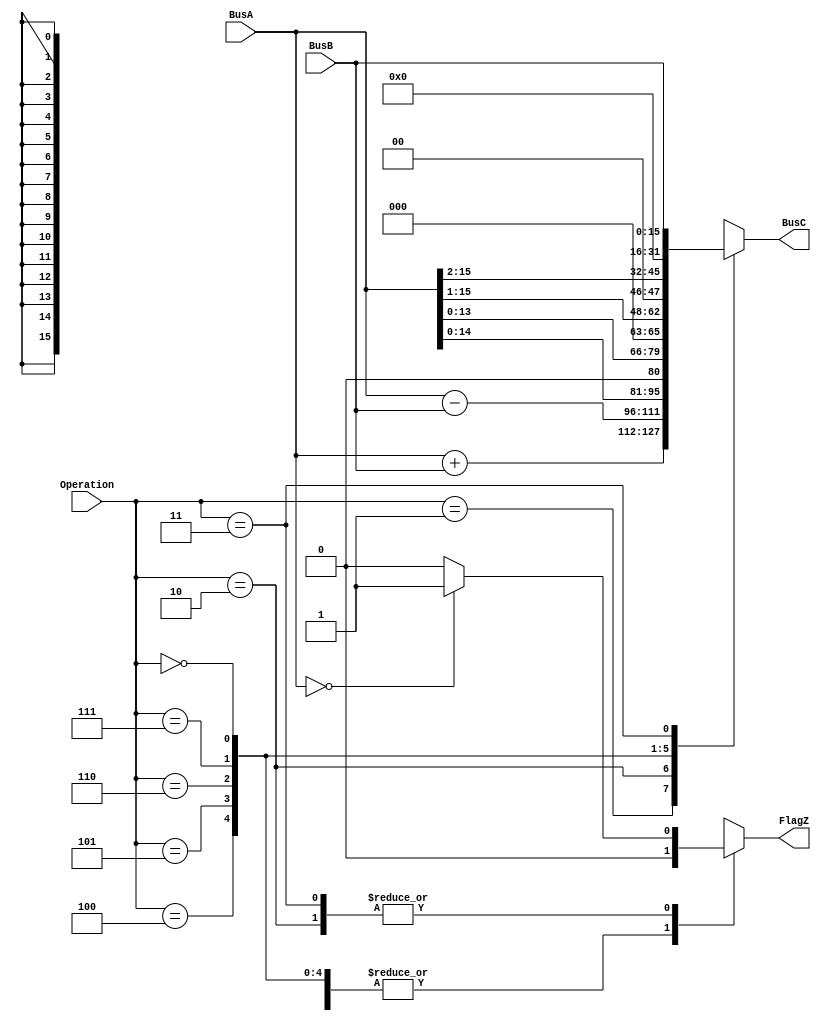
module ALU
(
    input [15:0] BusA,              // Bus line for A - Input
    input [15:0] BusB,              // Bus line for B - Input
    output reg [15:0] BusC,         // Bus line for C - Output
    input [2:0] Operation,          // Busline defining the operation of ALU
    output reg FlagZ                // Z Flag for if else conditions
);

    // Operation Identifiers
    parameter RESETCBUS = 3'b000;   // [C = 0] and [Z = 0]
    parameter ADDITION  = 3'b001;   // [C = A + B] and [Z = 0]
    parameter SUBSTRACT = 3'b010;   // [C = A - B] and [Z = 1 if A = 0]
    parameter MULTIPLY2 = 3'b100;   // [C = A x 2] and [Z = 0]
    parameter MULTIPLY4 = 3'b101;   // [C = A x 4] and [Z = 0]
    parameter DIVISION2 = 3'b110;   // [C = A / 2] and [Z = 0]
    parameter DIVISION4 = 3'b111;   // [C = A / 4] and [Z = 0]
    parameter GOTHROUGH = 3'b011;   // [C = B] and [Z = 1 if A = 0]
	
    always @ (Operation or BusA or BusB)
        begin
            case (Operation)
                // Addition
                ADDITION:
                    begin
                        BusC = BusA + BusB;
                        FlagZ = 1'b0;
                    end
                // Substraction
                SUBSTRACT:
                    begin
                        BusC = BusA - BusB;
                        FlagZ = ((BusA == 16'b0000_0000_0000_0000) ? 1'b1 : 1'b0);
                    end
                // Multiplication by 2
                MULTIPLY2:
                    begin
                        BusC = BusA << 1;
                        FlagZ = 1'b0;
                    end
                // Multiplication by 4
                MULTIPLY4:
                    begin
                        BusC = BusA << 2;
                        FlagZ = 1'b0;
                    end
                // Division by 2
                DIVISION2:
                    begin
                        BusC = BusA >> 1;
                        FlagZ = 1'b0;
                    end
                // Division by 4
                DIVISION4:
                    begin
                        BusC = BusA >> 2;
                        FlagZ = 1'b0;
                    end
                // Reset Bus line C
                RESETCBUS:
                    begin
                        BusC = 16'b0000_0000_0000_0000;
                        FlagZ = 1'b0;
                    end
                // Go through ALU
                GOTHROUGH:
                    begin
                        BusC = BusB;
                        FlagZ = ((BusA == 16'b0000_0000_0000_0000) ? 1'b1 : 1'b0);
                    end
                // Default Case
                default:
                    begin
                        BusC = 16'b0000_0000_0000_0000;
                        FlagZ = 1'b0;
                    end
            endcase
        end

endmodule

/*****************************************************************************/
/**************************** TEST BENCH FOR ALU *****************************/
/*****************************************************************************/
module testALU;

    // Registers for inputs
    reg [15:0] BusA, BusB;
    reg [2:0] Operation;
    // Output wires
    wire FlagZ;
    wire [15:0] BusC;
    
    // Operation Identifiers
    parameter RESETCBUS = 3'b000;   // [C = 0] and [Z = 0]
    parameter ADDITION  = 3'b001;   // [C = A + B] and [Z = 0]
    parameter SUBSTRACT = 3'b010;   // [C = A - B] and [Z = 1 if A = 0]
    parameter MULTIPLY2 = 3'b100;   // [C = A x 2] and [Z = 0]
    parameter MULTIPLY4 = 3'b101;   // [C = A x 4] and [Z = 0]
    parameter DIVISION2 = 3'b110;   // [C = A / 2] and [Z = 0]
    parameter DIVISION4 = 3'b111;   // [C = A / 4] and [Z = 0]
    parameter GOTHROUGH = 3'b011;   // [C = B] and [Z = 1 if A = 0]
	
    ALU UUT(
        .BusA(BusA),
        .BusB(BusB),
        .BusC(BusC),
        .Operation(Operation),
        .FlagZ(FlagZ)	
    );
	
    // Initiate Input bus lines
    initial begin
        BusA = 16'b0000_0000_0000_0000;
        BusB = 16'b0000_0000_0000_0000;
        Operation = 3'b000;
    end
	
    // Run test
    initial begin
        #10 // Addition
            BusA = 16'b0000_0000_0000_1111;
            BusB = 16'b0000_0000_1111_0000;
            Operation = ADDITION;
        #10 // Substraction
            BusA = 16'b0000_0000_1111_1111;
            BusB = 16'b0000_0000_1111_0000;
            Operation = SUBSTRACT;
        #10 // Multiplication
            BusA = 16'b0000_0000_0000_1111;
            BusB = 16'b0000_0000_1111_0000;
            Operation = MULTIPLY2;
        #10 // Division
            BusA = 16'b0000_0000_0000_1111;
            BusB = 16'b0000_0000_1111_0000;
            Operation = DIVISION2;
        #10 // Go Through
            BusA = 16'b0000_1100_0011_0011;
            BusB = 16'b0000_1010_0101_0101;
            Operation = GOTHROUGH;
        #10 // Reset C Bus
            BusA = 16'b0000_0000_0000_1111;
            BusB = 16'b0000_0000_1111_0000;
            Operation = RESETCBUS;
        #10 // Default Cases
            BusA = 16'b0000_0000_0000_1111;
            BusB = 16'b0000_0000_1111_0000;
            Operation = MULTIPLY4;
        #10 // Default Cases
            BusA = 16'b0000_0000_0000_1111;
            BusB = 16'b0000_0000_1111_0000;
            Operation = DIVISION4;
    end

endmodule